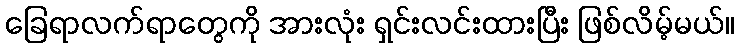
ခြေရာလက်ရာတွေကို အားလုံး ရှင်းလင်းထားပြီး ဖြစ်လိမ့်မယ်။